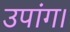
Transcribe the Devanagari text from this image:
उपांग।